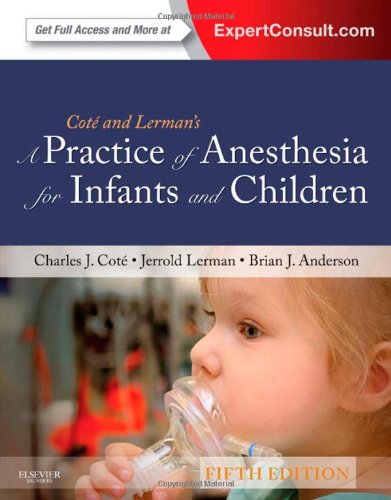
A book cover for A Practice of Anesthesia for Infants and Children, 5e (Practice of Anesthesia for Infants & Children); Charles J. Cote MD; Medical Books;